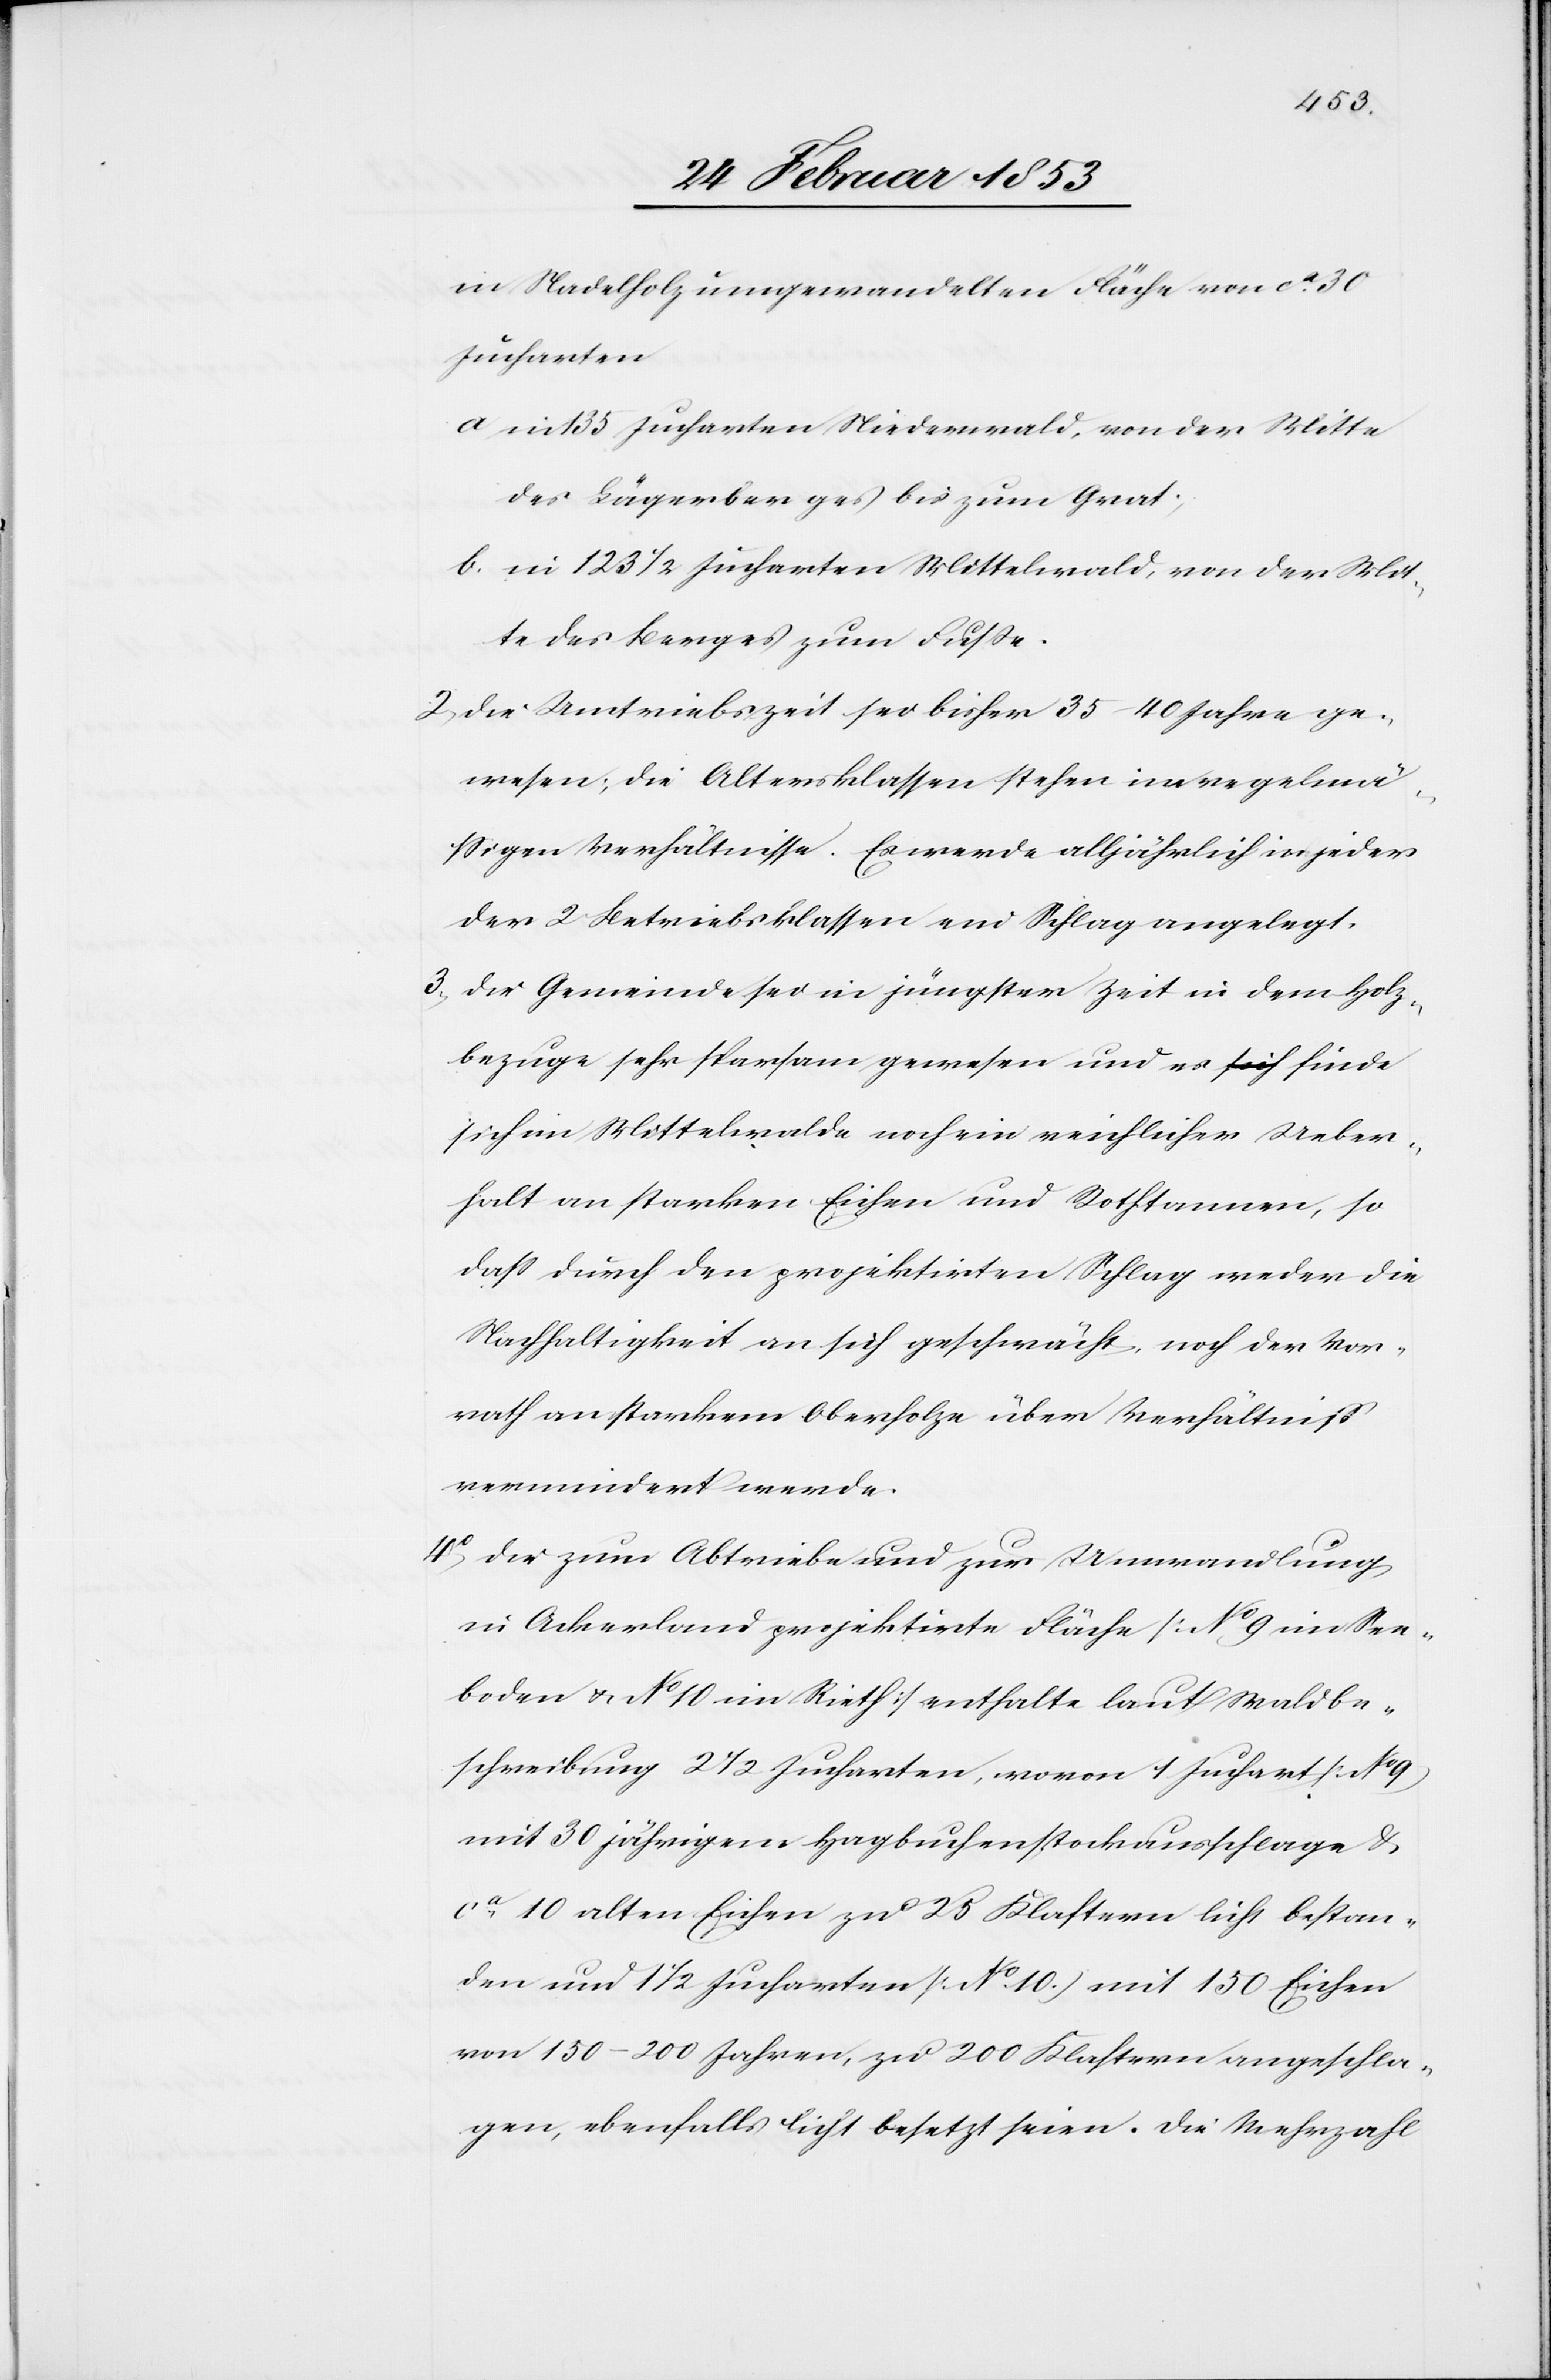
in Nadelholz umgewandelten Fläche von ca. 30
Jucharten.
a, in 135 Jucharten Niederwald, von der Mitte
des Lägerberges bis zum Grat:
b, in 123 1/2 Jucharten Mittelwald, von der Mit¬
te des Berges zum Fuße.
2, die Umtriebszeit sei bisher 35–40 Jahre ge¬
wesen; die Altersklassen stehen im regelmä¬
ßigen Verhältnisse. Es werde alljährlich in jeder
der 2 Betriebsklassen ein Schlag angelegt.
3, die Gemeinde sei in jüngster Zeit in dem Holz¬
bezuge sehr sparsam gewesen und es finde
sich im Mittelwalde noch ein reichlicher Ueber¬
halt an starken Eichen und Rothtannen, so
daß durch den projektirten Schlag weder die
Nachhaltigkeit an sich geschwächt, noch der Vor¬
rath an starkem Oberholze über Verhältniß
vermindert werde.
4° die zum Abtriebe und zur Umwandlung
in Ackerland projektirte Fläche [N°. 9 im See¬
boden u. N°. 10 im Rieth] enthalte laut Waldbe¬
schreibung 2 1/2 Jucharten, wovon 1 Juchart [N°.
mit 30 jährigem Hagbuchenstockausschlage u.
ca. 10 alten Eichen zu 25 Klastern licht bestan¬
den und 1 1/2 Jucharten [N°. 10] mit 150 Eichen
von 150–200 Jahren, zu 200 Klastern angeschla¬
gen, ebenfalls licht besetzt seien. Die Mehrzahl